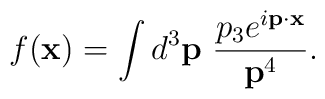
f({\bf x})=\int d^{3}{\bf p}~\frac{p_{3}e^{i{\bf p}\cdot {\bf x}}}{{\bf p}^{4}}.